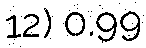
12) 0.99